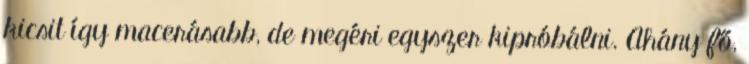
kicsit így macerásabb, de megéri egyszer kipróbálni. Ahány fő,